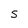
Character: S